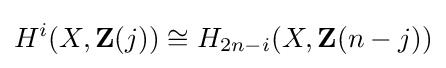
H^{i}(X,\mathbf {Z} (j))\cong H_{2n-i}(X,\mathbf {Z} (n-j))